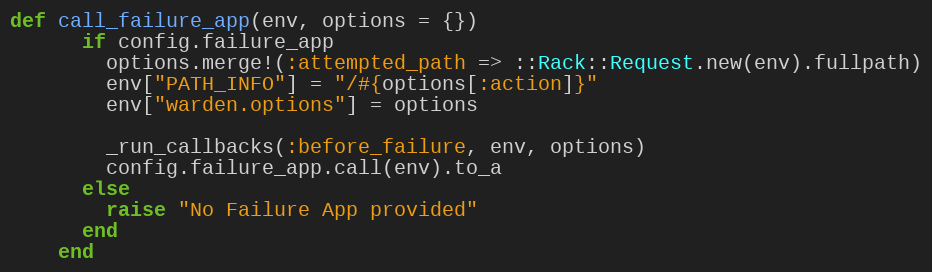
Language: Ruby
def call_failure_app(env, options = {})
      if config.failure_app
        options.merge!(:attempted_path => ::Rack::Request.new(env).fullpath)
        env["PATH_INFO"] = "/#{options[:action]}"
        env["warden.options"] = options

        _run_callbacks(:before_failure, env, options)
        config.failure_app.call(env).to_a
      else
        raise "No Failure App provided"
      end
    end